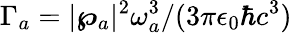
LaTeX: \Gamma_{a}=|\boldsymbol{\wp}_{a}|^{2}\omega_{a}^{3}/(3\pi\epsilon_{0}\hbar c^{3})